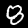
Label: 8